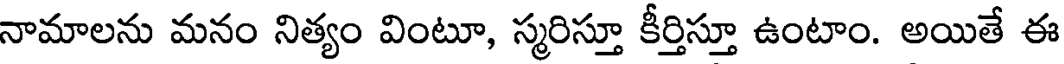
నామాలను మనం నిత్యం వింటూ, స్మరిస్తూ కీర్తిస్తూ ఉంటాం. అయితే ఈ